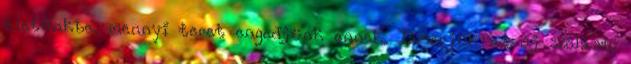
életünkbe, mennyi teret engedjünk ennek. Ismerjük az új szólást: